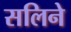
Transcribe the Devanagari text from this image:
सलिने